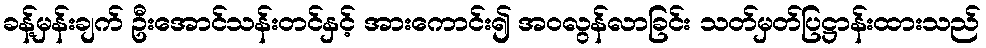
ခန့်မှန်းချက် ဦးအောင်သန်းတင်နှင့် အားကောင်း၍ အဝလွန်လာခြင်း သတ်မှတ်ပြဋ္ဌာန်းထားသည်